Leningradi_Edasi_toimetus, lk 80
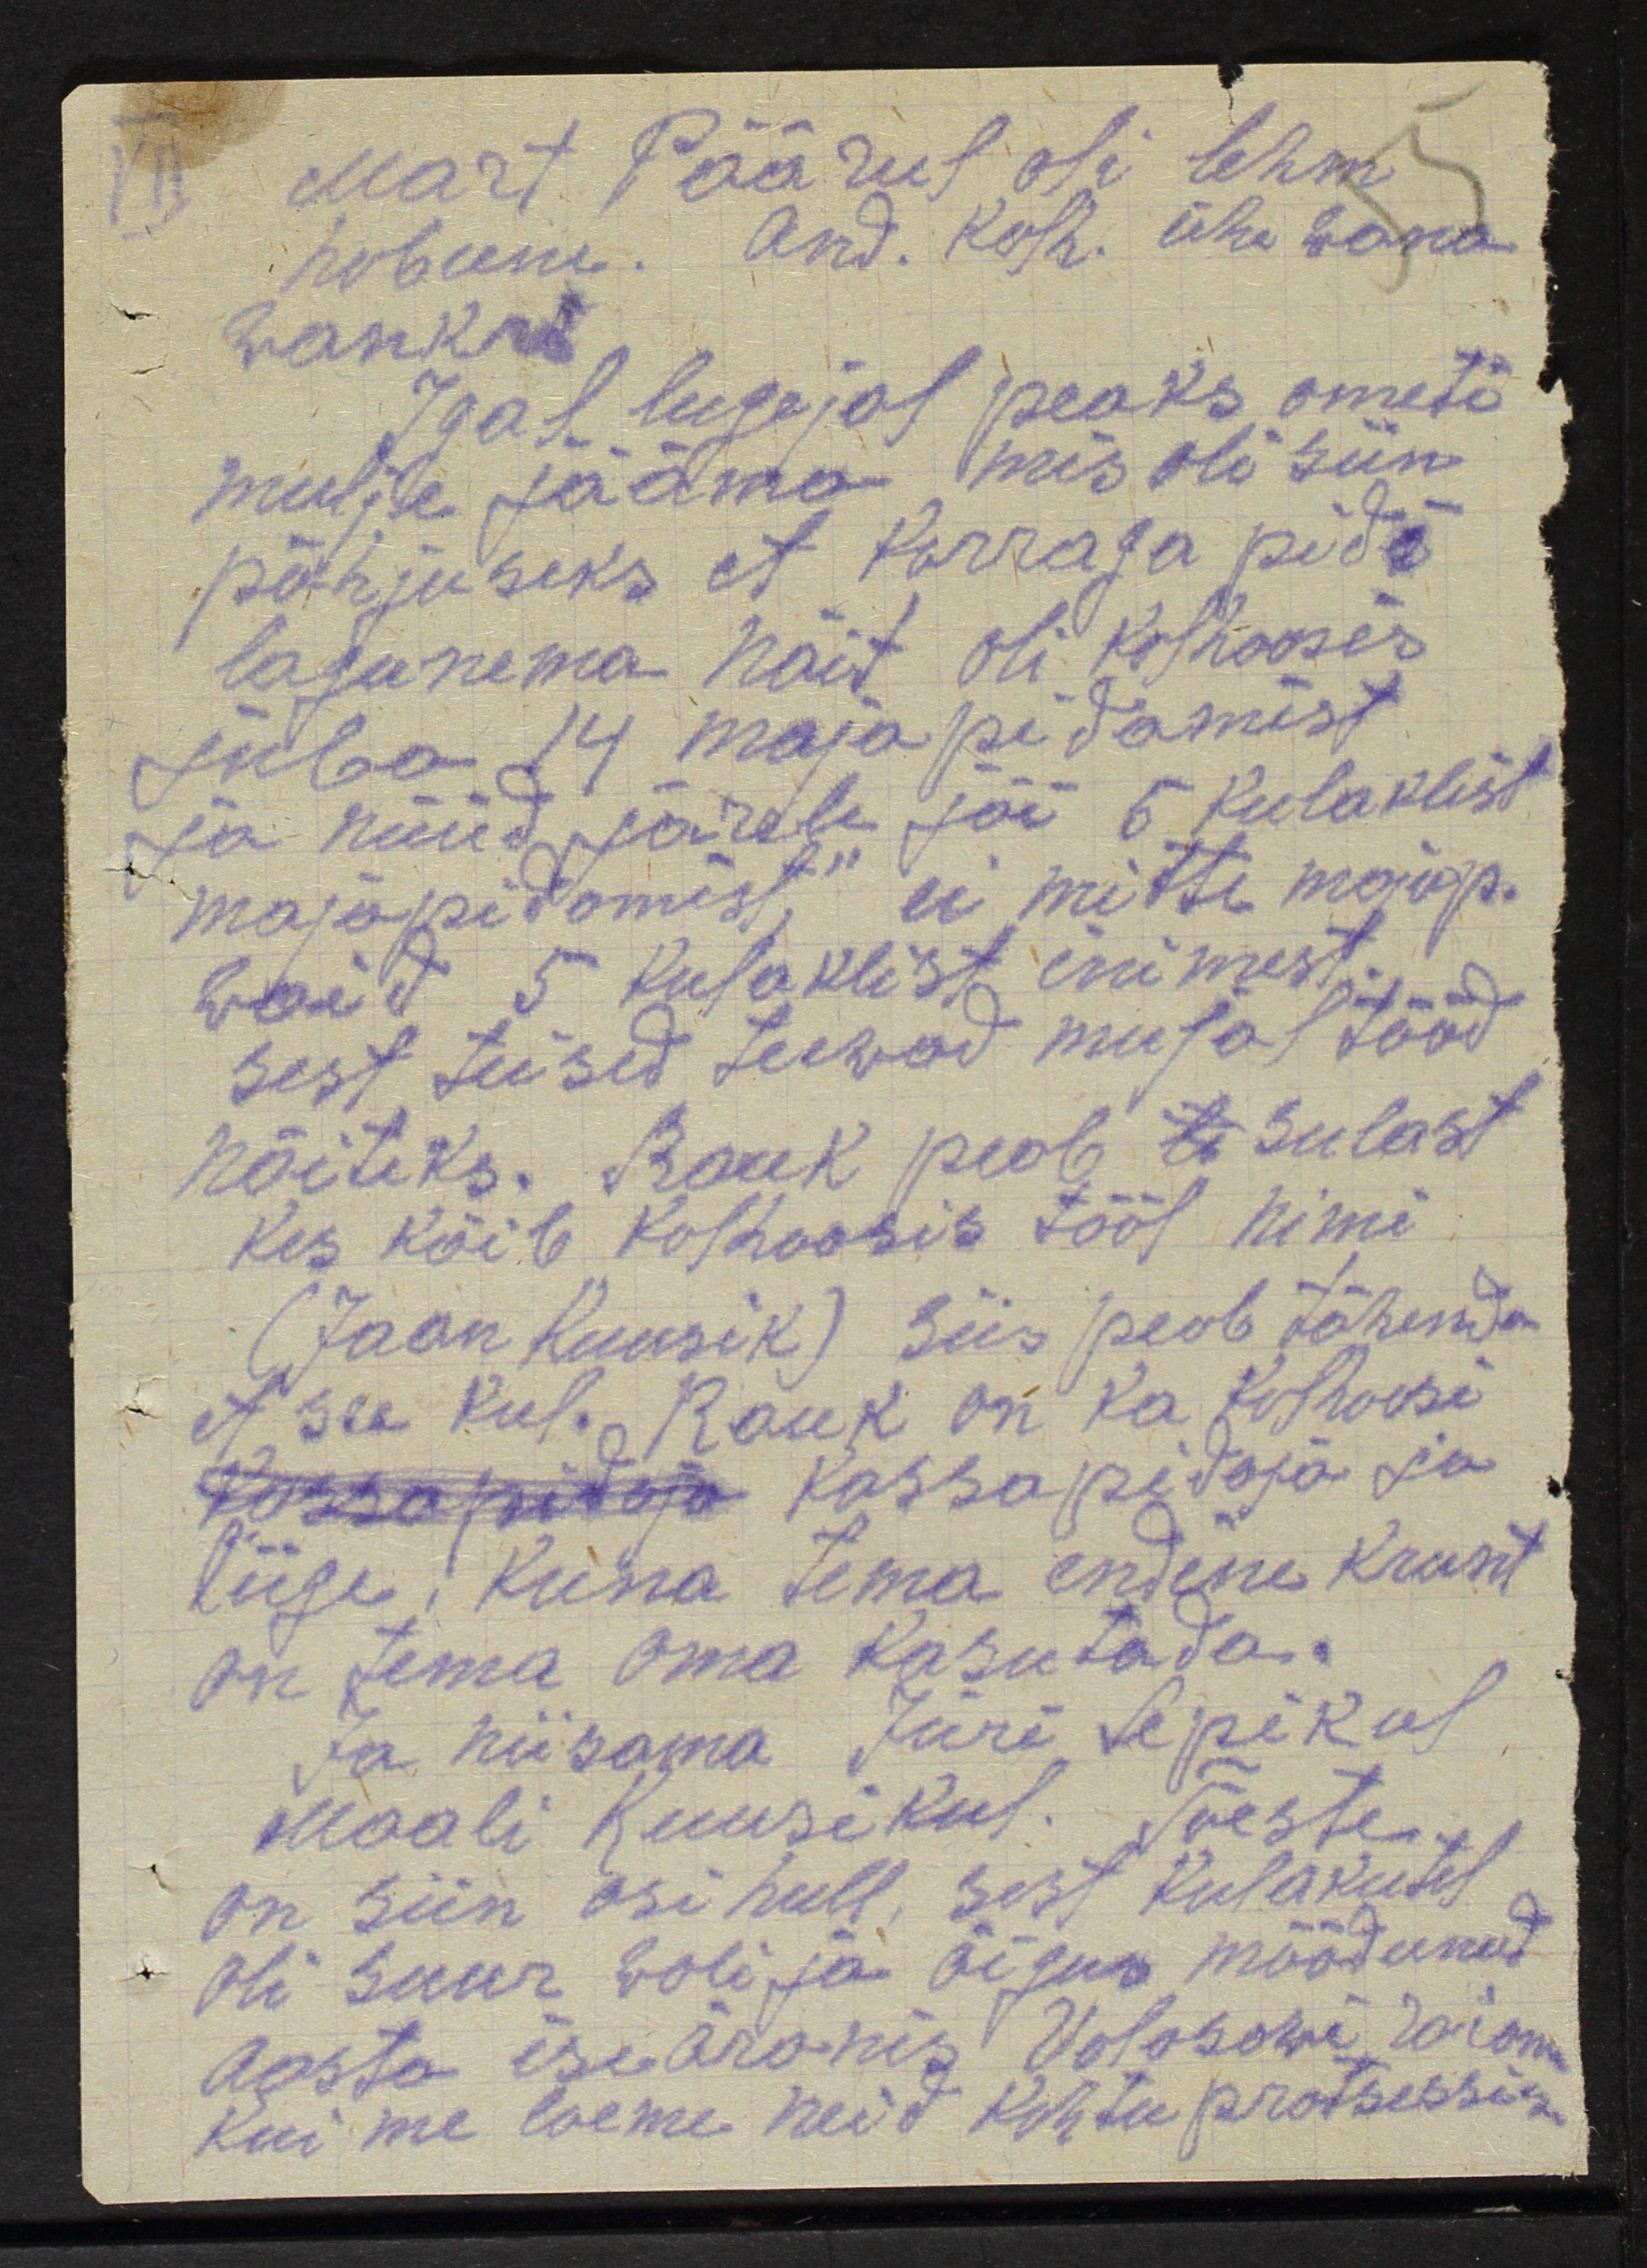
Mart Päärul oli lehm
hobune. And. kolh. ühe wana
wankri
Igal lugejal peaks ometi
mulje jääma mis oli siin
põhjuseks, et korraga pidi
lagunema näit oli kolhoosis
juba 14 majapidamist
ja nüüd järele jäi 6 kulaklist
majapidamist, ei mitte majap.
waid 5 kulaklist inimest.
sest teised teewad mujal tööd
näiteks. Rauk peab te sulast
kes käib kolhoosis tööl nimi
(Jaan Kuusik) siis peab tähenda
et see kul. Rauk on ka kolhoosi
kassapidaja kassapidaja ja
liige; Kuna tema endine krunt
on tema oma kasutada.
Ja niisama Jüri Lepikul
Maali Kuusikul. Tõeste
on siin asi hull, sest kulakutel
oli suur woli ja õigus möödunud
aasta iseäranis Volosowi raionis
kui me loeme neid kohtu protsessi